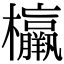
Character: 𣠾